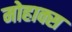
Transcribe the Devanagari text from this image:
मोहाक्स